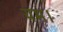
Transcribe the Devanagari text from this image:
यम।